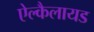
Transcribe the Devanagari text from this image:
ऐल्कैलायड